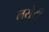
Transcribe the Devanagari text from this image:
लसेटी